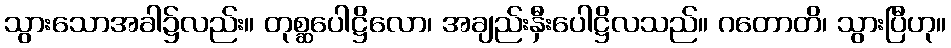
သွားသောအခါ၌လည်း။ တုစ္ဆပေါဋ္ဌိလော၊ အချည်းနှီးပေါဋ္ဌိလသည်။ ဂတောတိ၊ သွားပြီဟု။